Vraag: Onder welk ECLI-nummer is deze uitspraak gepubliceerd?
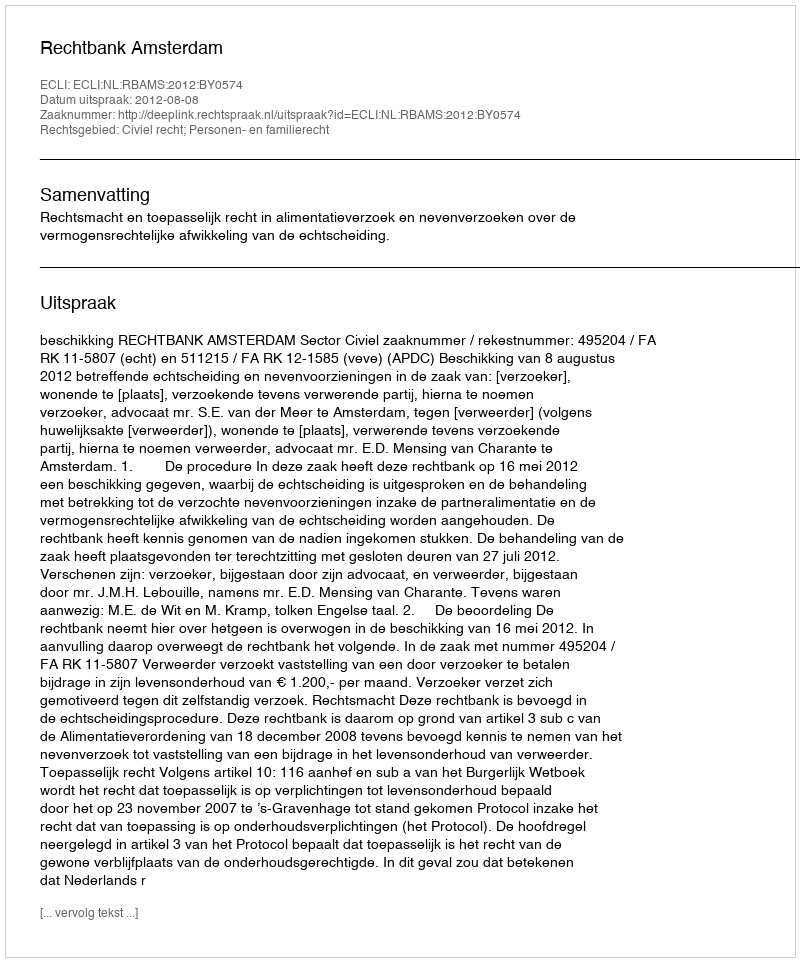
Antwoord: ECLI:NL:RBAMS:2012:BY0574